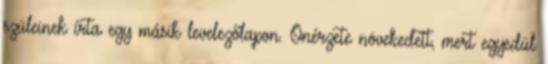
szüleinek írta egy másik levelezőlapon. Önérzete növekedett, mert egyedül